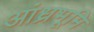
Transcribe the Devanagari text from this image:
आंध्रभूमि